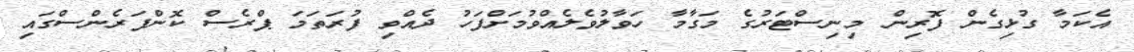
އެކަމާ ގުޅިގެން ފޮރިން މިނިސްޓަރުގެ މަގާމާ ހަވާލުވެލެއްވުމަށްފަހު ދެއްވި ފުރަތަމަ ޕްރެސް ކޮންފަރެންސްގައި